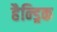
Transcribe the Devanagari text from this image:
हैन्ड्रिक